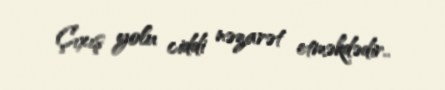
Çıxış yolu ciddi nəzarət etməkdədir..